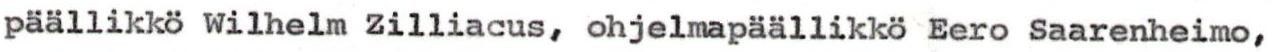
päällikkö Wilhelm Zilliacus, ohjelmapäällikkö Eero Saarenheimo,